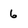
Character: 6